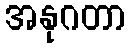
အနုဂတာ